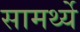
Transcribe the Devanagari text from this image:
सामर्थ्ये